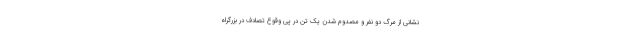
‌نشانی از مرگ دو نفر و مصدوم شدن یک تن در پی وقوع تصادف در بزرگراه